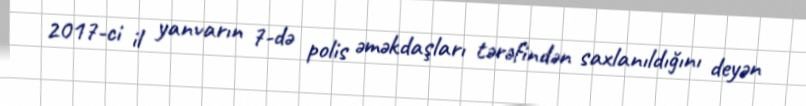
2017-ci il yanvarın 7-də polis əməkdaşları tərəfindən saxlanıldığını deyən